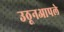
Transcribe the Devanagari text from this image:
उठूनआपले